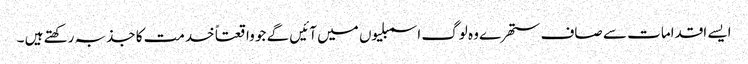
ایسے اقدامات سے صاف ستھرے وہ لوگ اسمبلیوں میں آئیں گے جو واقعتاً خدمت کا جذبہ رکھتے ہیں ۔